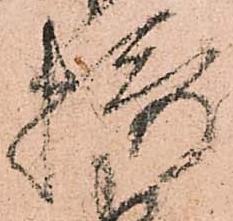
摂